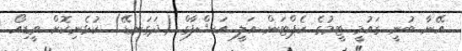
އޭނާ ބުނީ ގައުމީ ޓީމުގެ ކެޕްޓަން އަލީ އަޝްފާގް (ދަގަނޑޭ) ކުޅެނިކޮށް ވީޑިއޯ